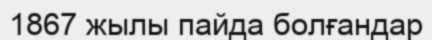
1867 жылы пайда болғандар